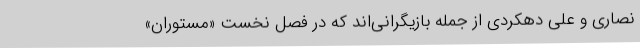
نصاری و علی دهکردی از جمله بازیگرانی‌اند که در فصل نخست «مستوران»